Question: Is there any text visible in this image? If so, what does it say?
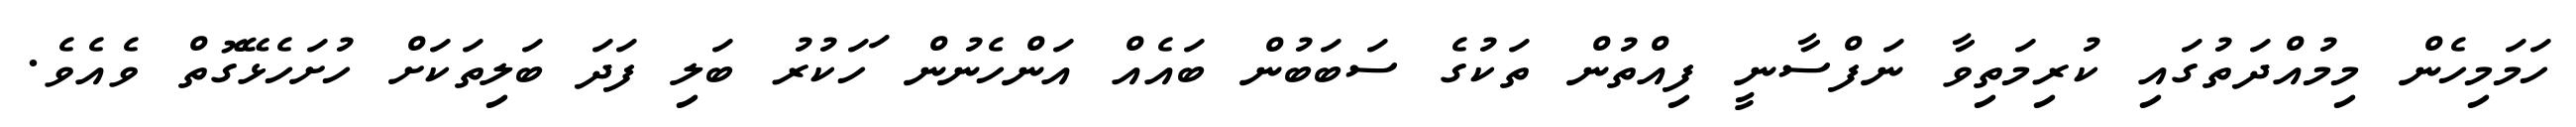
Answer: ހަމަމިހެން މިމުއްދަތުގައި ކުރިމަތިވާ ނަފްސާނީ ފިއްތުން ތަކުގެ ސަބަބުން ބައެއް އަންހެނުން ަހަކުރު ބަލި ފަދަ ބަލިތަކަށް ހުށަހެޅޭގޮތް ވެއެވެ.